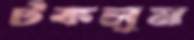
টকলুম